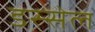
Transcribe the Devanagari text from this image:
डस्सेल